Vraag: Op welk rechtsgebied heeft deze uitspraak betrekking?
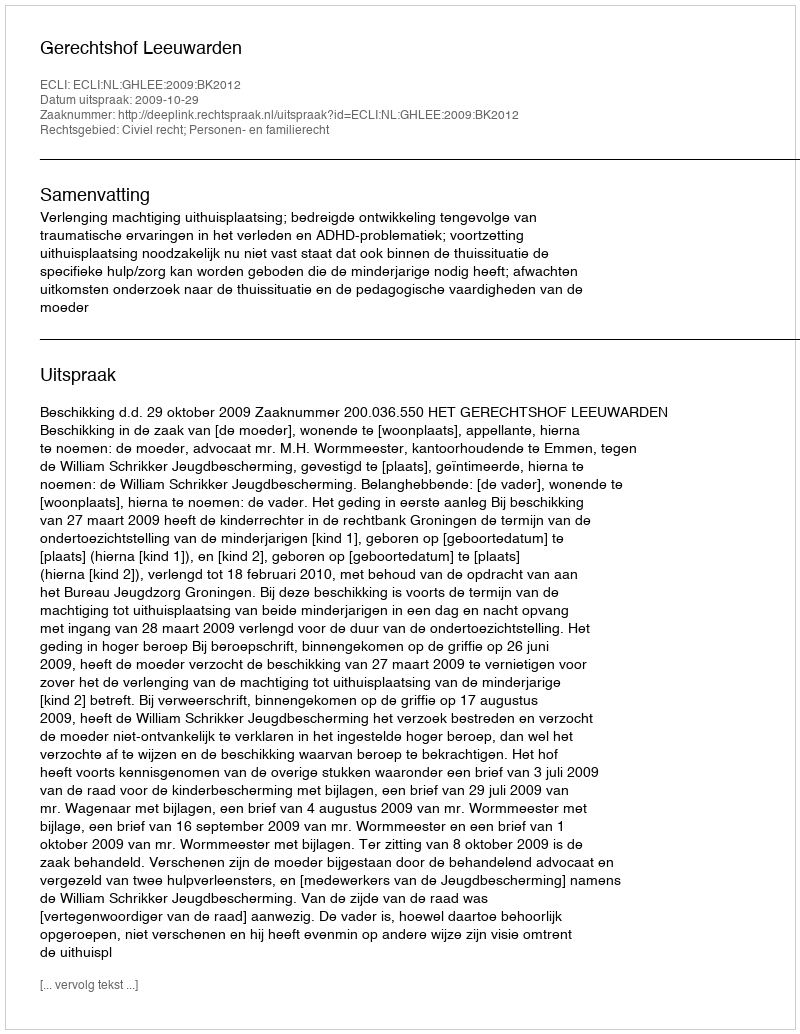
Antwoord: Civiel recht; Personen- en familierecht